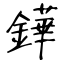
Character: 鏵